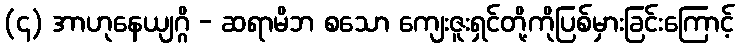
(၄) အာဟုနေယျဂ္ဂိ - ဆရာမိဘ စသော ကျေးဇူးရှင်တို့ကိုပြစ်မှားခြင်းကြောင့်